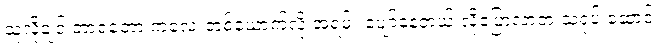
သူလိုချင် တာရတော့ ကလေးတစ်ယောက်လို အရမ်း ပျော်နေတယ် လို့ပြောလာတဲ့ သရုပ် ဆောင်